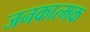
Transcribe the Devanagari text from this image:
जनकात्मक